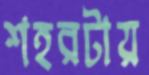
শহরটায়